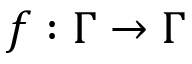
f : \Gamma \to \Gamma